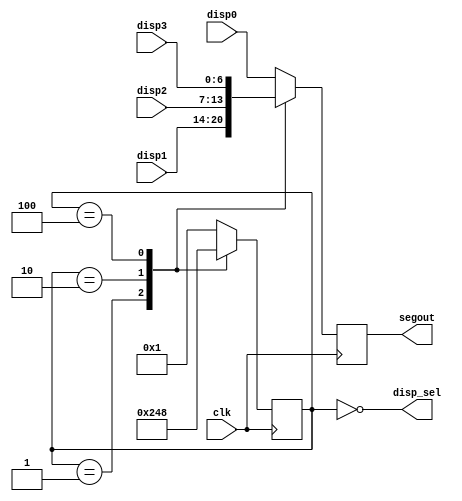
`timescale 1ns / 1ps

module seven_seg_mux(
    input clk,
	input [6:0]disp0,disp1,disp2,disp3,
    output reg [6:0] segout,
    output [3:0] disp_sel
    );
	 
	reg [3:0] current;

	assign disp_sel=~current;

always @(posedge clk)
	case (current)
		4'b1:begin
			segout<=disp1;
			current <= 4'b10;
			end
		4'b10:begin
			segout<=disp2;
			current <= 4'b100;
			end
		4'b100:begin
			segout<=disp3;
			current <= 4'b1000;
			end
		default:begin
			segout<=disp0;
			current <= 4'b1;
			end
	endcase
endmodule